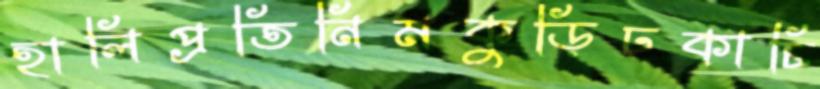
হালিপ্রতিনিমকুড়িঢকাচি